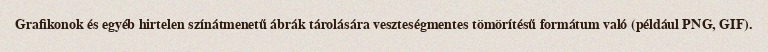
Grafikonok és egyéb hirtelen színátmenetű ábrák tárolására veszteségmentes tömörítésű formátum való (például PNG, GIF).